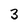
Character: 3